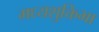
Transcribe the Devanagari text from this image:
मध्यशुक्तिभा